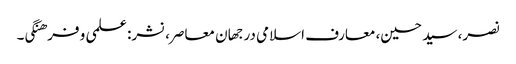
نصر، سید حسین، معارف اسلامی در جهان معاصر، نشر: علمی و فرهنگی۔